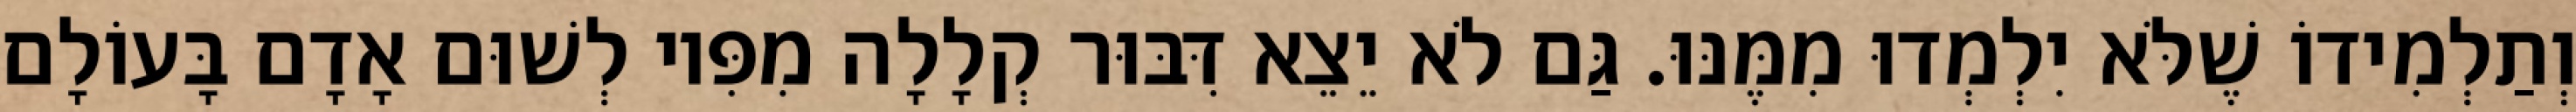
וְתַלְמִידוֹ שֶׁלֹּא יִלְמְדוּ מִמֶּנּוּ. גַּם לֹא יֵצֵא דִּבּוּר קְלָלָה מִפִּיו לְשׁוּם אָדָם בָּעוֹלָם